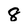
Character: 8